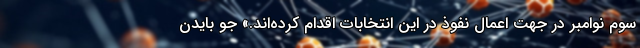
سوم نوامبر در جهت اعمال نفوذ در این انتخابات اقدام کرده‌اند.» جو بایدن